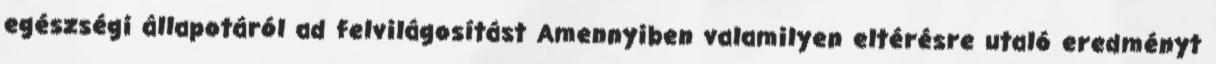
egészségi állapotáról ad felvilágosítást Amennyiben valamilyen eltérésre utaló eredményt